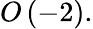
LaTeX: O\left(-2\right).